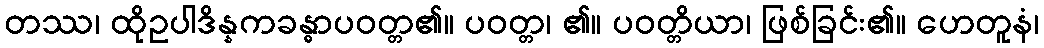
တဿ၊ ထိုဥပါဒိန္နကခန္ဓာပဝတ္တ၏။ ပဝတ္တ၊ ၏။ ပဝတ္တိယာ၊ ဖြစ်ခြင်း၏။ ဟေတူနံ၊